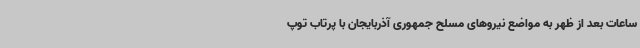
ساعات بعد از ظهر به مواضع نیروهای مسلح جمهوری آذربایجان با پرتاب توپ